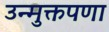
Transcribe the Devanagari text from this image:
उन्मुक्तपणा